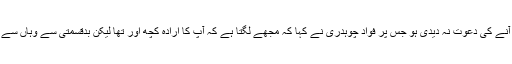
کامران شاہد نے کہا کہ میں تو پریشان ہی ہو گیا تھا کہ کہیں آپ نے ایسی ویسی جگہ پر آنے کی دعوت نہ دیدی ہو جس پر فواد چوہدری نے کہا کہ مجھے لگتا ہے کہ آپ کا ارادہ کچھ اور تھا لیکن بدقسمتی سے وہاں سے صرف کھانا ہی ملتا ہے تو کامران شاہد نے کہا کہ میرا تو ایسا کوئی شوق ہی نہیں ہے ۔